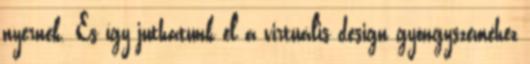
nyernek. És így juthatunk el a virtuális design gyöngyszeméhez